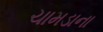
ચામડાના